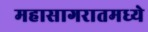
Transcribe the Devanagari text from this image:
महासागरातमध्ये